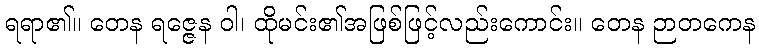
ရရာ၏။ တေန ရဇ္ဇေန ဝါ၊ ထိုမင်း၏အဖြစ်ဖြင့်လည်းကောင်း။ တေန ဉာတကေန